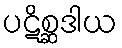
ပဋိစ္ဆဒါယ